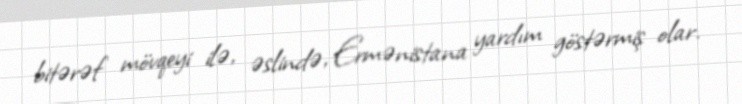
bitərəf mövqeyi ilə, əslində, Ermənistana yardım göstərmiş olar.